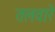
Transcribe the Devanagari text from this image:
तलवारे